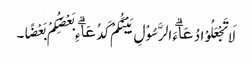
لَا تَجْعَلُوْا دُعَاۗءَ الرَّسُوْلِ بَیْنَکُمْ کَدُعَاۗءِ بَعْضِکُمْ بَعْضًا۔